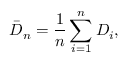
{ \bar { D } } _ { n } = { \frac { 1 } { n } } \sum _ { i = 1 } ^ { n } D _ { i } ,